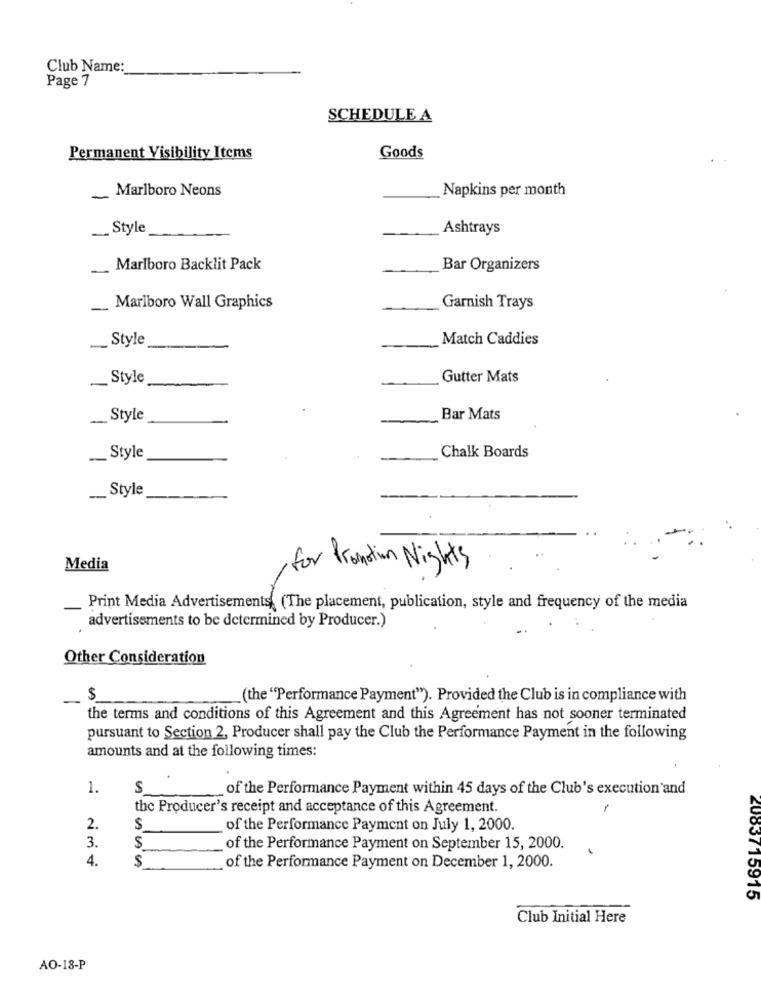
Club Name:
Page 7
SCHEDULE A
Permanent Visibility Items
Goods
Marlboro Neons
Napkins per month
___ Style
Ashtrays
-
Marlboro Backlit Pack
Bar Organizers
-
Marlboro Wall Graphics
Garnish Trays
Style
Match Caddies
Style
-
Gutter Mats
-
Style
Bar Mats
._ Style
Chalk Boards
Style
-
Media
for Promotion Nights
Print Media Advertisements (The placement, publication, style and frequency of the media
advertisements to be determined by Producer.)
Other Consideration
-
$
(the "Performance Payment"). Provided the Club is in compliance with
the terms and conditions of this Agreement and this Agreement has not sooner terminated
pursuant to Section 2, Producer shall pay the Club the Performance Payment in the following
amounts and at the following times:
1.
S
of the Performance Payment within 45 days of the Club's execution and
the Producer's receipt and acceptance of this Agreement.
2.
$
of the Performance Payment on July 1, 2000.
3.
of the Performance Payment on September 15, 2000.
4.
$
of the Performance Payment on December 1, 2000.
2083715915
Club Initial Here
AO-18-P